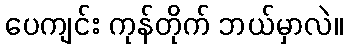
ပေကျင်း ကုန်တိုက် ဘယ်မှာလဲ။